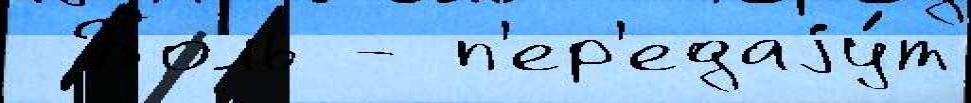
 Боль - п'ер'едаjу́т